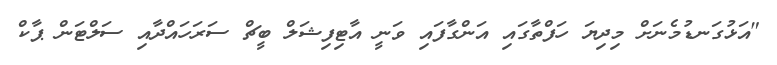
"އަޅުގަނޑުމެނަށް މިިދިޔަ ހަފްތާގައި އަންގާފައި ވަނީ އާޓިފިޝަލް ބީޗް ސަރަހައްދާއި ސަލްޓަން ޕާކް